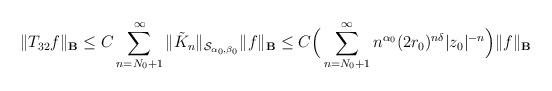
LaTeX: \begin{align*}\|T_{32} f\|_{\bf B}\le C \sum_{n=N_0+1}^\infty\| \tilde K_n\|_{{\mathcal S}_{\alpha_0, \beta_0}} \|f\|_{\bf B} \le C \Big(\sum_{n=N_0+1}^\infty n^{\alpha_0} (2r_0)^{n\delta}|z_0|^{-n}\Big)\|f\|_{\bf B}\end{align*}